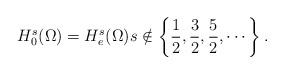
LaTeX: \begin{align*}H_{0}^{s}(\Omega) = H_{e}^{s}(\Omega) s\notin \left\{ \frac{1}{2},\frac{3}{2},\frac{5}{2},\cdots \right\}.\end{align*}